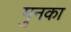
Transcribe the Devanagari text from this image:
मुनका